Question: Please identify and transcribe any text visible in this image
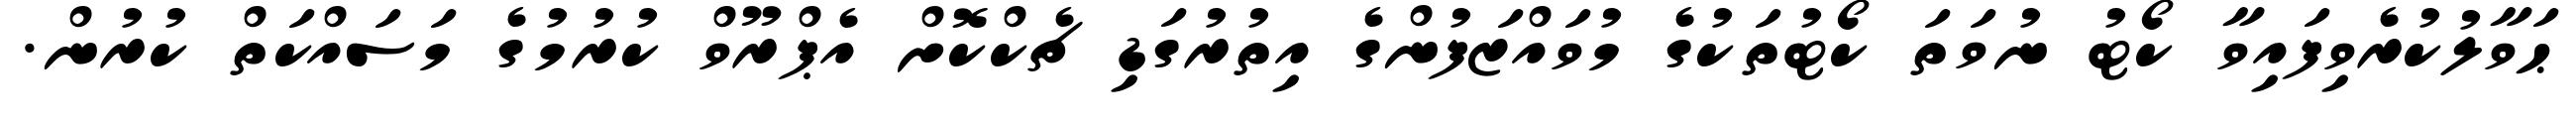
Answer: ޙަވާލުކުރެވިފައިވާ ކޯޓު ނުވަތަ ކޯޓުތަކުގެ މުވައްޒަފުންގެ އިތުރުގަޑި ޗެކްކޮށް އެޕްރޫވް ކުރުމުގެ މަސައްކަތް ކުރުން.